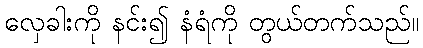
လှေခါးကို နင်း၍ နံရံကို တွယ်တက်သည်။